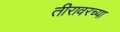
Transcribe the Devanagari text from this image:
तीरावरच्या